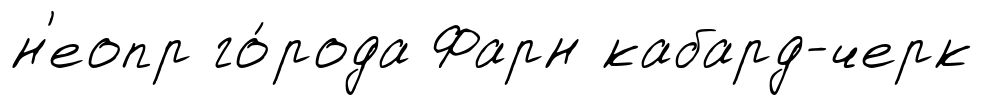
н'еопр го́рода Фарн кабард-черк